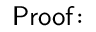
\mathsf { P r o o f \! : }